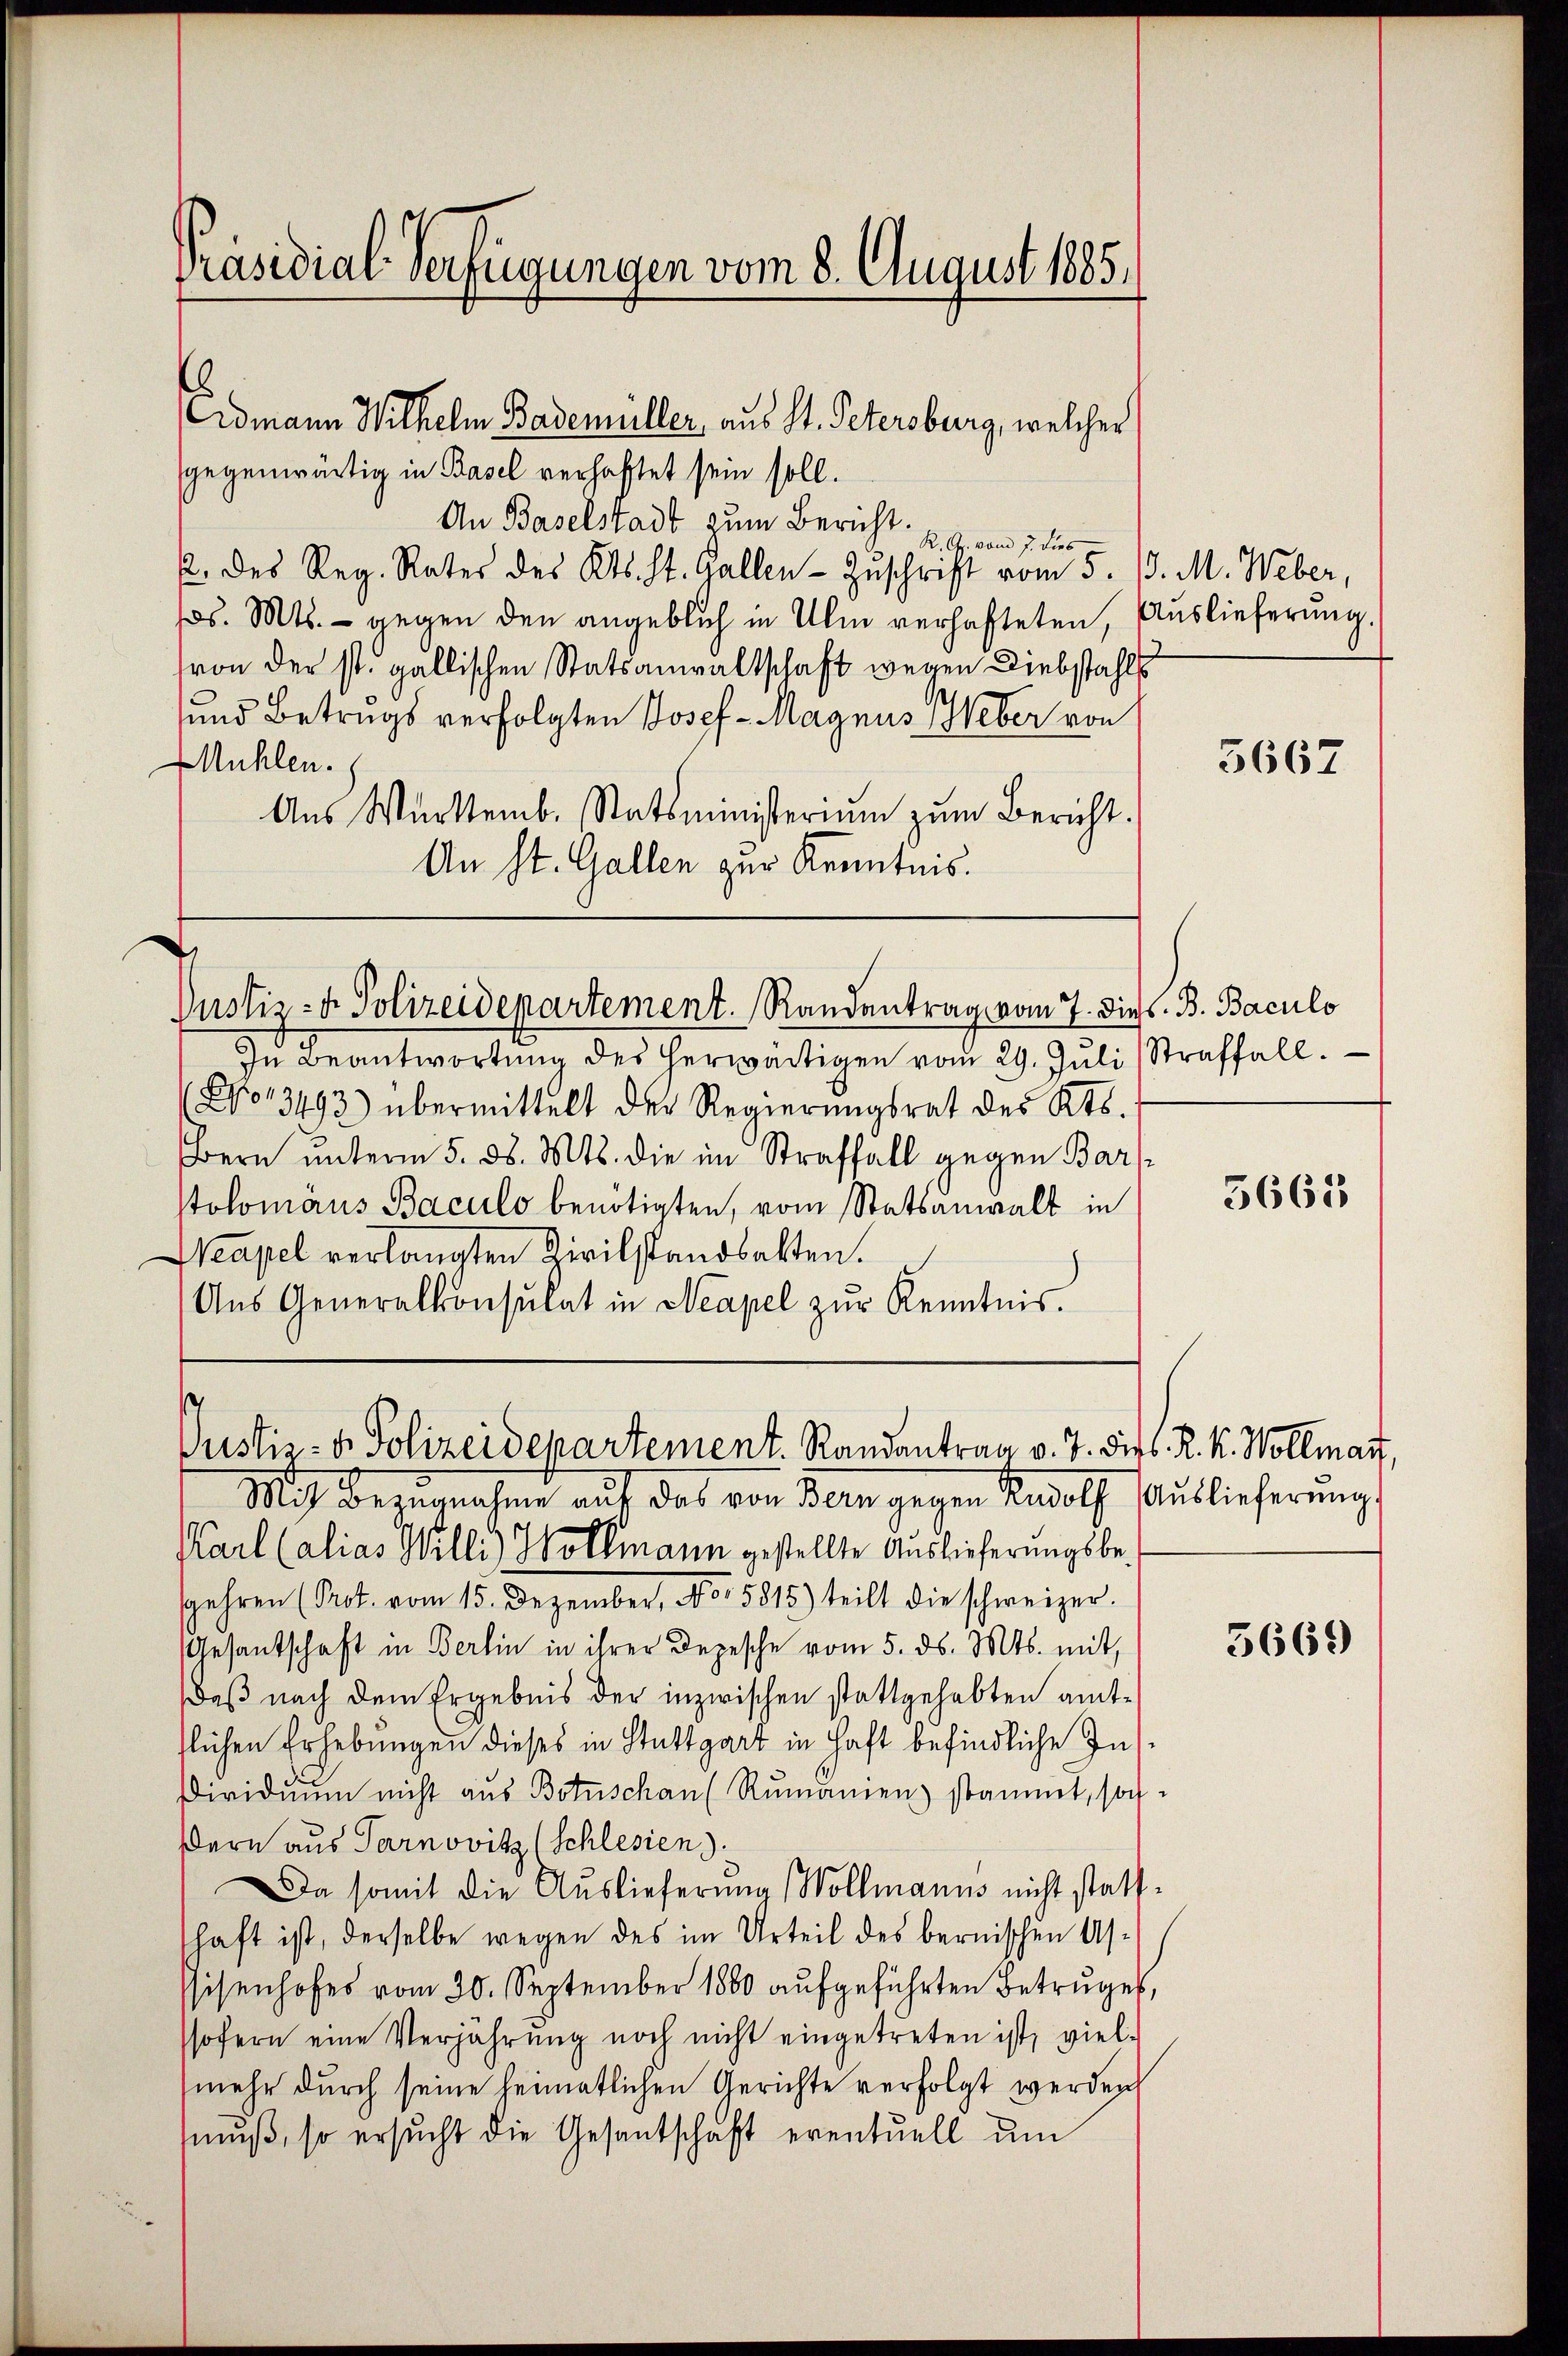
Präsidial-Verfügungen vom 8. August 1885.

Edmann Wilhelm Bademüller, aus St. Petersburg, welcher
gegenwärtig in Basel verhaftet sein soll.
An Baselstadt zum Bericht vom 7. dies
2. des Reg. Rates des Kts. St. Gallen Zuschrift vom 3. /. M. Weber,
s. Mts. - gegen den angeblich in Ihm verhafteten, Auslieferung.
von der st. gallischen Statsanwaltschaft wegen Diebstahls
und Betrugs verfolgten Josef-Magnus Heber von
Mühlen.
Aus Württemb. Statsministerium zum Bericht
An St. Gallen zur Kenntnis.
Justiz- & Polizeidepartement. Randantrag vom 7. dies. B. Baculo
In Beantwortŭng des herwärtigen vom 29. Jŭli (Straffall.
No 13493) übermittelt der Regierŭngsrat des Kts.
Bern unterm 5. ds. Mts. die im Straffall gegen Bars
tolomäus Baculo benötigten, vom Statsanwalt in
Neapel verlangten Zivilstandbalten.
Aŭs Generalkonsulat in Neapel zŭr Kenntnis.

Justiz- & Polizeidepartement. Randantrag v. J. Fieb. R. K. Vollmatt,

Mit Bezugnahme auf das von der gegen Rudolf Auslieferung
Karl Calias Willi) Wollmann gestellte Auslieferungsbespahren (Prot. vom 15. Dezember, No. 5815) teilt die schweizer.
Gesantschaft in Berlin in ihrer Depesche vom 5. ds. Mts. mit
Daß nach dem Ergebnis der inzwischen stattgehabten amtflichen Erhebungen dieses in Stuttgart in Haft befindliche Ins¬
Dividuum nicht aus Botschan (Rŭmanien) stammt, sog.
dern aus Tarnovitz (Schlesien).
Da somit die Auslieferung (Vollmanns nicht stattschaft ist, derselbe wegen des im Urteil des bernischen As¬
Eisenhofes vom 30. September 1800 aufgeführten Betruges,
sofern eine Verjährung noch nicht eingetreten ist, viel-
mehr durch seine heimatlichen Gerichte verfolgt werden
mŭβ, so ersŭcht die Gesantschaft eventuell ŭm

5667

5665

5669